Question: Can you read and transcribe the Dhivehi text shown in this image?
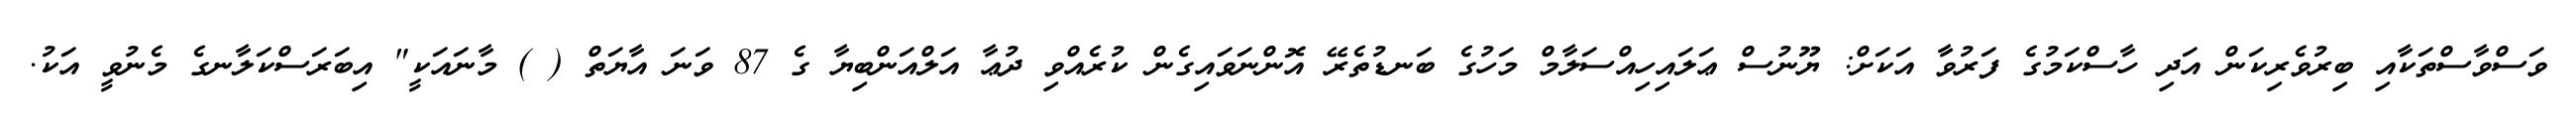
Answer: ވަސްވާސްތަކާއި ބިރުވެރިކަން އަދި ހާސްކަމުގެ ފަރުވާ އަކަށް: ޔޫނުސް ޢަލައިހިއްސަލާމް މަހުގެ ބަނޑުތެރޭ އޮންނަވައިގެން ކުރެއްވި ދުޢާ އަލްއަންބިޔާ ގެ 87 ވަނަ އާޔަތް ( ) މާނައަކީ" އިބަރަސްކަލާނގެ މެނުވީ އަކު.